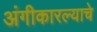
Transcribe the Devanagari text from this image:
अंगीकारल्याचे